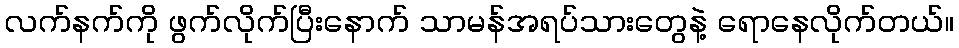
လက်နက်ကို ဖွက်လိုက်ပြီးနောက် သာမန်အရပ်သားတွေနဲ့ ရောနေလိုက်တယ်။